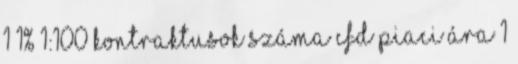
1 1% 1:100 Kontraktusok száma CFD piaci ára 1